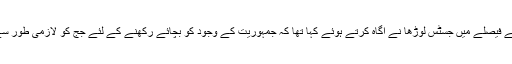
2012 میں آرسی چندیل معاملے میں سپریم کورٹ کے فیصلے میں جسٹس لوڑھا نے آگاہ کرتے ہوئے کہا تھا کہ جمہوریت کے وجود کو بچائے رکھنے کے لئے جج کو لازمی طور سے صاف ستھری شبیہ کا اور آزاد خیال کا ہونا چاہئے۔